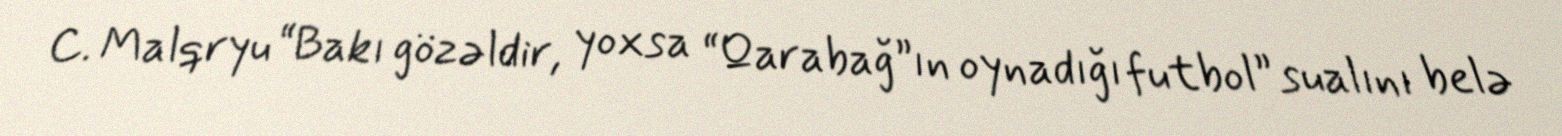
C. Malqryu “Bakı gözəldir, yoxsa “Qarabağ”ın oynadığı futbol” sualını belə